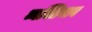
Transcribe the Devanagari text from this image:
व्यक्तिनाव